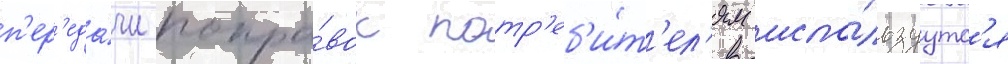
п'ер'еда́чи попра́вок потр'еб'и́т'ел'ям испо́льзуутс'я